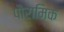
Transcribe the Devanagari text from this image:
पौरामिक